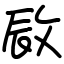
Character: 敐